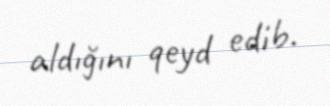
aldığını qeyd edib.